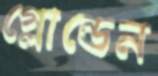
গ্লোন্ডেন